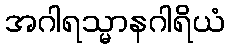
အဂါရသ္မာနဂါရိယံ